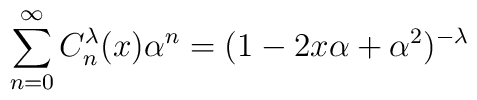
\sum_{n=0}^{\infty} C^{\lambda}_n(x) \alpha^n = (1 - 2x\alpha + \alpha^2)^{-\lambda}